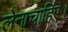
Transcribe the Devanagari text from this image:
लेनाचाहिए।